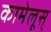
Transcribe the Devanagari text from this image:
कामेलूस्